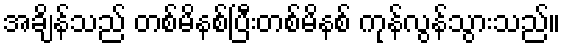
အချိန်သည် တစ်မိနစ်ပြီးတစ်မိနစ် ကုန်လွန်သွားသည်။